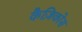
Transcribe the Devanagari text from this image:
कैज़िकोस